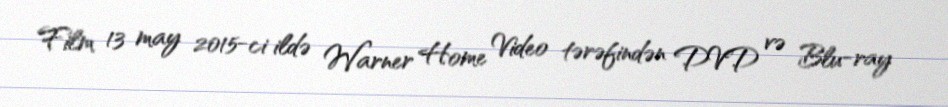
Film 13 may 2015-ci ildə Warner Home Video tərəfindən DVD və Blu-ray